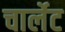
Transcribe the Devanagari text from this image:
चार्लेट